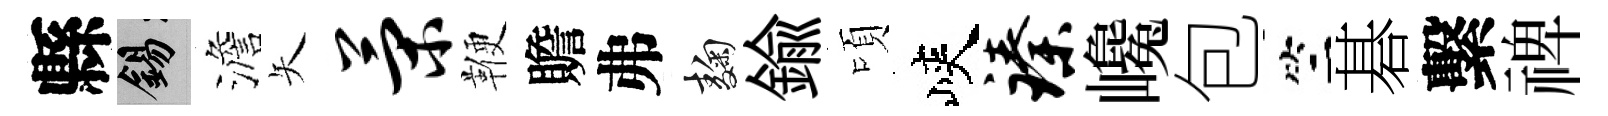
縣錫澹矢策鞭贍弗麹鍮頃峽臻巉包竺碁繫禆